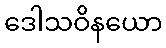
ဒေါသဝိနယော